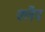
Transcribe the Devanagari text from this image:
क्‍लैंप